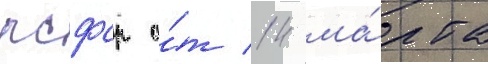
рсфср о́т 14 ма́рта